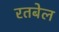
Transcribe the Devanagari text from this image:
रतबेल